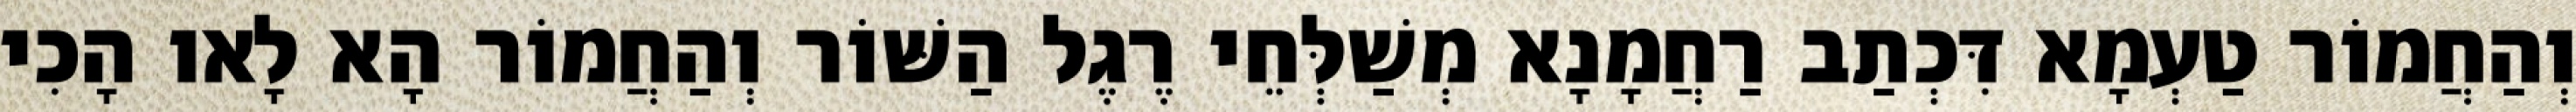
וְהַחֲמוֹר טַעְמָא דִּכְתַב רַחֲמָנָא מְשַׁלְּחֵי רֶגֶל הַשּׁוֹר וְהַחֲמוֹר הָא לָאו הָכִי